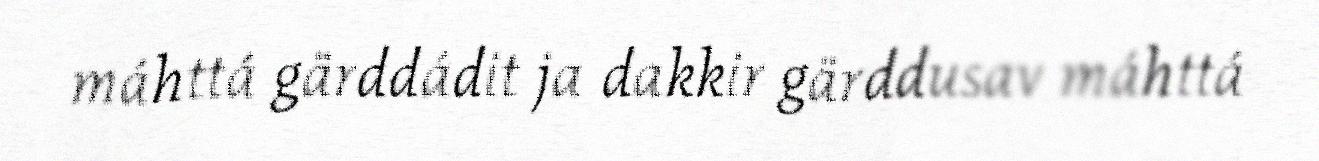
máhttá gärddádit ja dakkir gärddusav máhttá